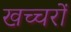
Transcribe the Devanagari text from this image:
खच्‍चरों